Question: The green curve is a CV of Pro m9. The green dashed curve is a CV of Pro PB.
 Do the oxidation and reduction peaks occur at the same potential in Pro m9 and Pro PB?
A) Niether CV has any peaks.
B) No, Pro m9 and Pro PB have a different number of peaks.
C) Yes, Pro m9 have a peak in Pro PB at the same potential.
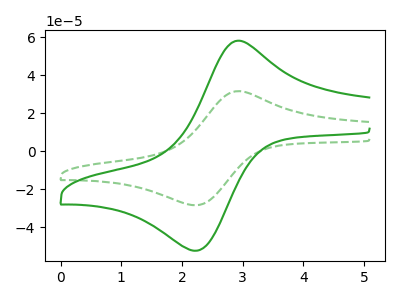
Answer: <think>The green curve "Pro m9" has an anodic peak at (2.85V, 57.65uA) and a cathodic peak at (2.20V, -52.35uA). The green dashed curve "Pro PB" has an anodic peak at (2.85V, 31.30uA) and a cathodic peak at (2.20V, -28.45uA).</think>
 <answer>C) Yes, "Pro m9" have a peak in "Pro PB" at the same potential.</answer>
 <eval>C</eval>